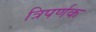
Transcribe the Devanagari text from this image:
त्रिपर्णक